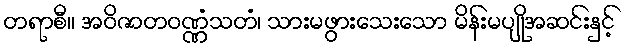
တရာစီ။ အဝိဇာတဝဏ္ဏံသတံ၊ သားမဖွားသေးသော မိန်းမပျိုအဆင်းနှင့်